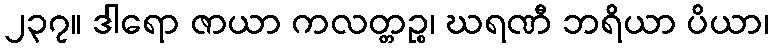
၂၃၇။ ဒါရော ဇာယာ ကလတ္တဉ္စ၊ ဃရဏီ ဘရိယာ ပိယာ၊